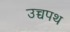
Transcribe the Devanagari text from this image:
उच्चपथ